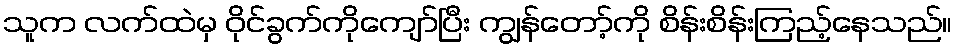
သူက လက်ထဲမှ ဝိုင်ခွက်ကိုကျော်ပြီး ကျွန်တော့်ကို စိန်းစိန်းကြည့်နေသည်။